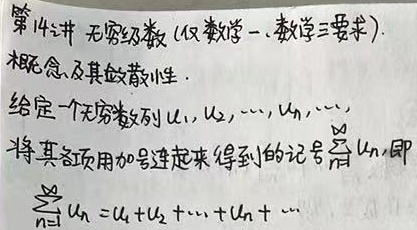
第14讲 无穷级数 (仅数学一、数学三要求)。概念及其敛散性。给定一个无穷数列\(u_1, u_2, \cdots, u_n, \cdots\)，将其各项用加号连起来得到的记号\(\sum_{n = 1}^{\infty} u_n\)，即\(\sum_{n = 1}^{\infty} u_n = u_1 + u_2 + \cdots + u_n + \cdots\)